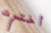
أخترت